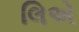
લિએ